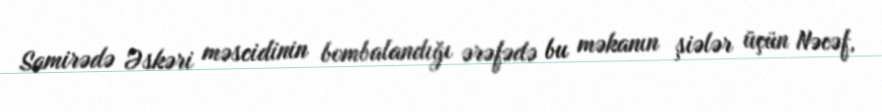
Samirədə Əskəri məscidinin bombalandığı ərəfədə bu məkanın şiələr üçün Nəcəf,